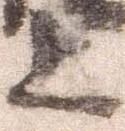
上